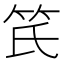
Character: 𥫽